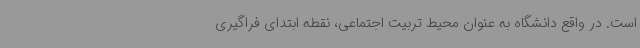
است. در واقع دانشگاه به عنوان محیط تربیت اجتماعی، نقطه ابتدای فراگیری